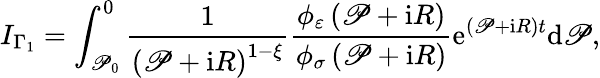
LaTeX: I_{\Gamma_{1}}=\int_{\mathscr{P}_{0}}^{0}\frac{{1}}{{\left(\mathscr{P}+\mathrm{{i}}R\right)^{1-\xi}}}\frac{{\phi_{\varepsilon}\left(\mathscr{P}+\mathrm{{i}}R\right)}}{{\phi_{\sigma}\left(\mathscr{P}+\mathrm{{i}}R\right)}}\mathrm{{e}}^{\left(\mathscr{P}+\mathrm{{i}}R\right)t}\mathrm{{d}}\mathscr{P},